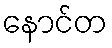
နောင်တ